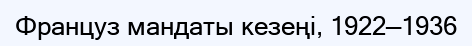
Француз мандаты кезеңі, 1922—1936